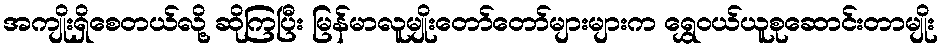
အကျိုးရှိစေတယ်လို့ ဆိုကြပြီး မြန်မာလူမျိုးတော်တော်များများက ရွှေဝယ်ယူစုဆောင်းတာမျိုး